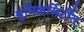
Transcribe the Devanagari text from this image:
युनिव्हर्सिर्टींत